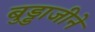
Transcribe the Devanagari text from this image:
बुड्डाजीने